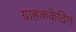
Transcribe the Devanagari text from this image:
ग्राहककेंद्रित